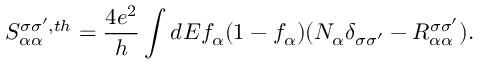
S _ { \alpha \alpha } ^ { \sigma \sigma ^ { \prime } , t h } = \frac { 4 e ^ { 2 } } { h } \int d E f _ { \alpha } ( 1 - f _ { \alpha } ) ( N _ { \alpha } \delta _ { \sigma \sigma ^ { \prime } } - R _ { \alpha \alpha } ^ { \sigma \sigma ^ { \prime } } ) .